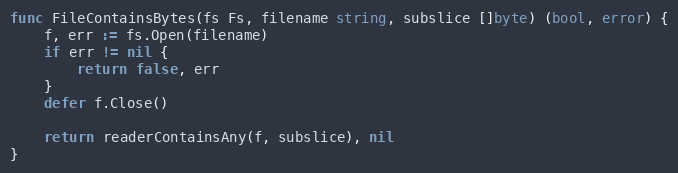
Language: Go
func FileContainsBytes(fs Fs, filename string, subslice []byte) (bool, error) {
	f, err := fs.Open(filename)
	if err != nil {
		return false, err
	}
	defer f.Close()

	return readerContainsAny(f, subslice), nil
}